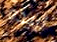
اريده